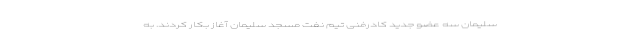
سلیمان سه عضو جدید کادرفنی تیم نفت مسجد سلیمان آغاز بکار کردند. به